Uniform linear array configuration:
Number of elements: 4
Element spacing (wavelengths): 0.5
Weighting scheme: hamming
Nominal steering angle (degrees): -60
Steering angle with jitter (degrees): -59.885
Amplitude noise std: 0.05
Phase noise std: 0.05

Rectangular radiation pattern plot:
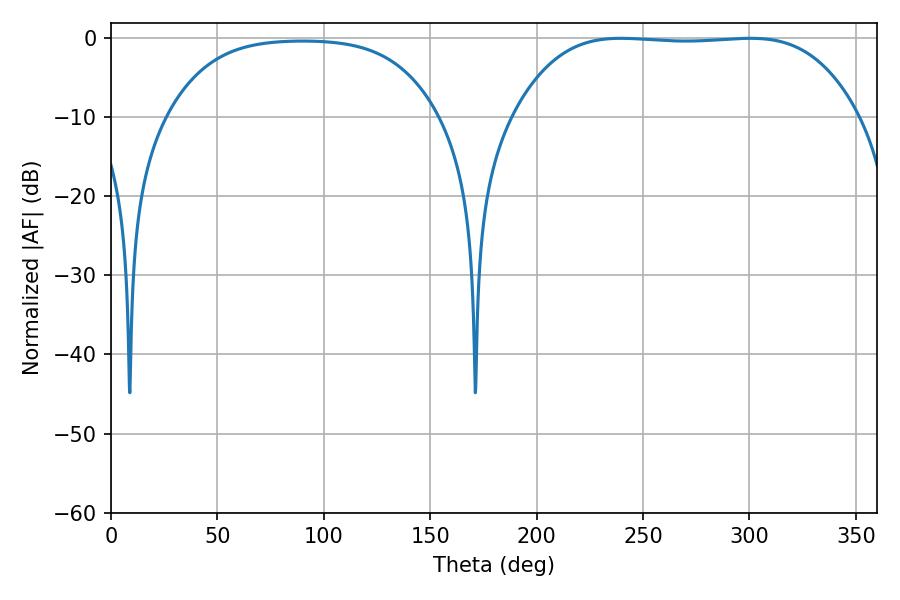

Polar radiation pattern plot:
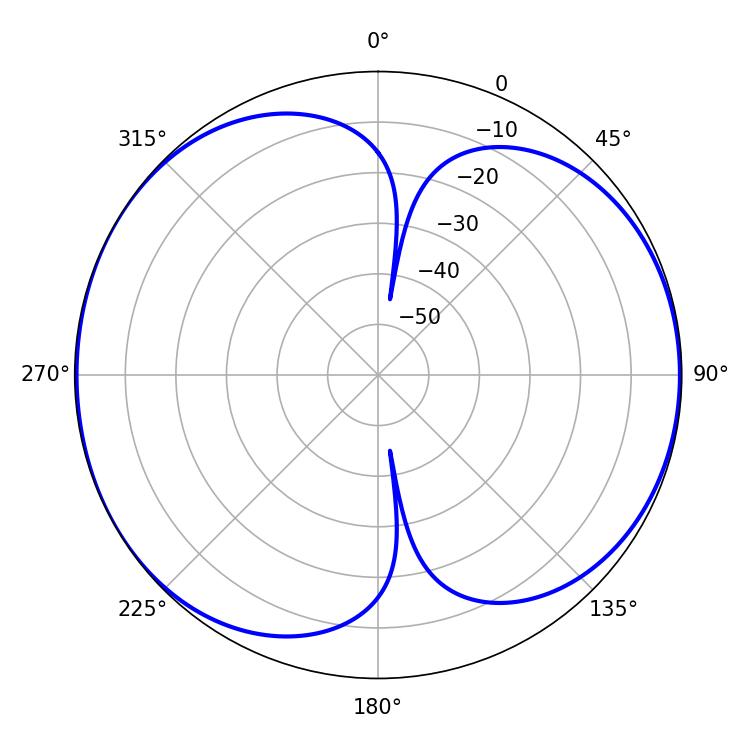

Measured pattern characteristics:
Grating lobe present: FALSE
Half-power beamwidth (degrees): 125.64
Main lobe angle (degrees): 239.58